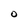
Character: O